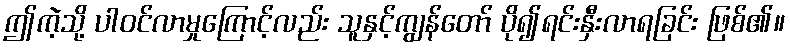
ဤကဲ့သို့ ပါဝင်လာမှုကြောင့်လည်း သူနှင့်ကျွန်တော် ပို၍ရင်းနှီးလာရခြင်း ဖြစ်၏။